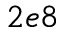
2 e 8